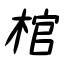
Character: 棺